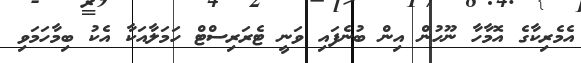
އެމެރިކާގެ އޮމާހާ ނޫހުން އިން ބުނެފައި ވަނީ ޓެރަރިސްޓް ހަމަލާއަކާ އެކު ބިމާހަމަވި